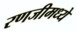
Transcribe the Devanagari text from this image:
रणजीमध्ये